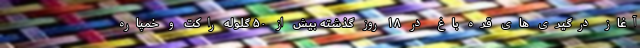
آغاز درگیری های قره باغ در ۱۸ روز گذشته بیش از ۵۰ گلوله راکت و خمپاره